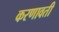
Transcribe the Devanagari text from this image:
करणावती